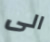
الى